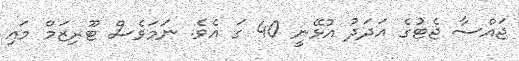
ޖައްސާ ޖެޓުގެ އަދަދު އުޅޭނީ 40 ގަ އެވެ. ނަމަވެސް ޓޫރިޒަމް މައި